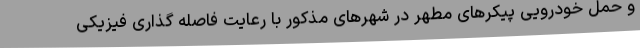
و حمل خودرویی پیکرهای مطهر در شهرهای مذکور با رعایت فاصله گذاری فیزیکی